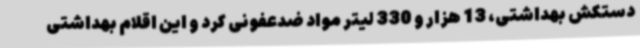
دستکش بهداشتی، 13 هزار و 330 لیتر مواد ضدعفونی کرد و این اقلام بهداشتی